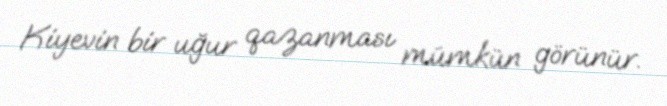
Kiyevin bir uğur qazanması mümkün görünür.